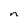
Character: n